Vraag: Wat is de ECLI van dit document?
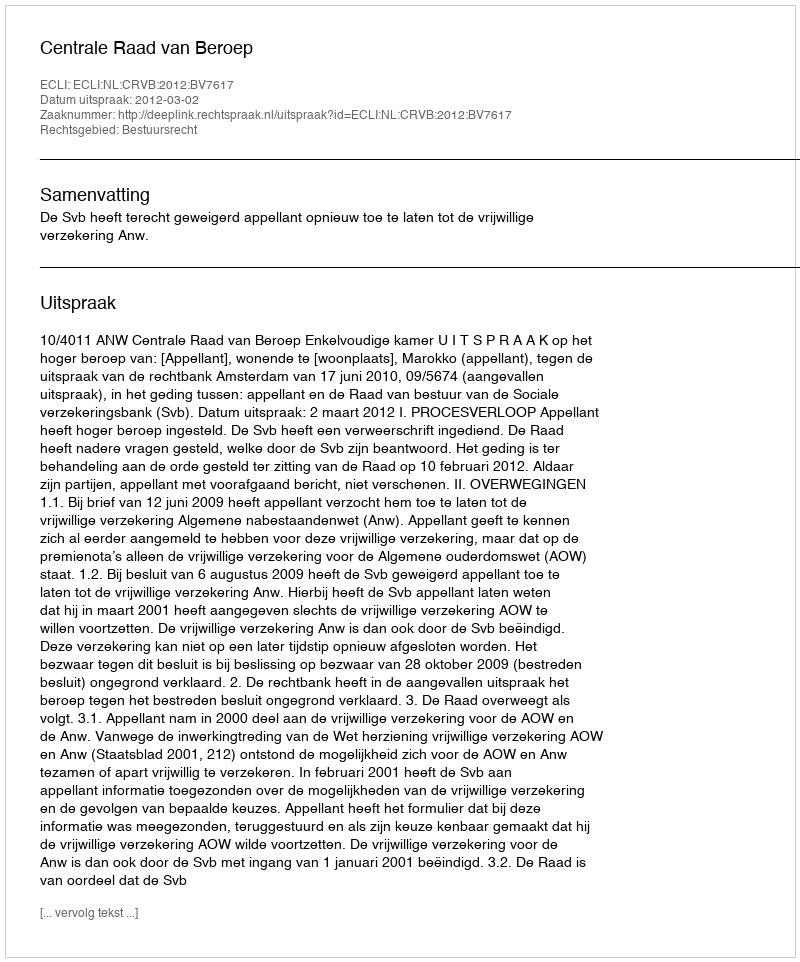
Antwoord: ECLI:NL:CRVB:2012:BV7617